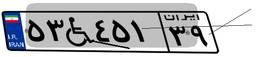
۵۳W۴۵۱۳۹